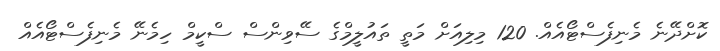
ކޮށްދޭނެ މެނިފެސްޓޯއެއް. 120 މިލިއަށް މަތީ ތައުލީމްގެ ސޭވިންސް ސްކީމް ހިމެނޭ މެނިފެސްޓޯއެއް